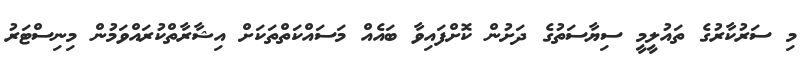
މި ސަރުކާރުގެ ތައުލީމީ ސިޔާސަތުގެ ދަށުން ކޮށްފައިވާ ބައެއް މަސައްކަތްތަކަށް އިޝާރާތްކުރައްވަމުން މިނިސްޓަރު